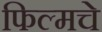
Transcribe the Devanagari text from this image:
फिल्मचे